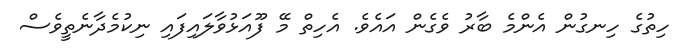
ހިތުގެ ހިނގުން އެންމެ ބާރު ވެގެން އައެވެ. އެހިތް މޭ ފޫއަޅުވާލައިފައި ނިކުމެދާނެތީވެސް